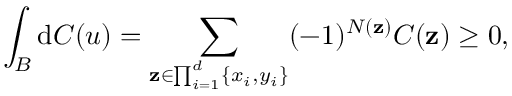
\int _ { B } \mathrm { d } C ( u ) = \sum _ { \mathbf { z } \in \prod _ { i = 1 } ^ { d } \{ x _ { i } , y _ { i } \} } ( - 1 ) ^ { N ( \mathbf { z } ) } C ( \mathbf { z } ) \geq 0 ,